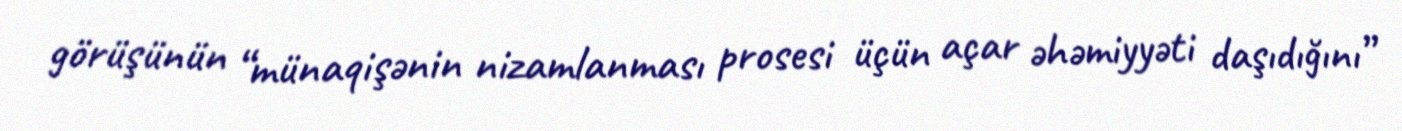
görüşünün “münaqişənin nizamlanması prosesi üçün açar əhəmiyyəti daşıdığını”